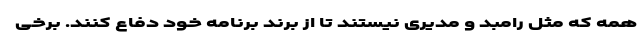
همه که مثل رامبد و مدیری نیستند تا از برند برنامه خود دفاع کنند. برخی